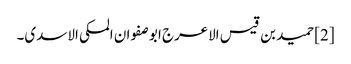
[2] حمید بن قیس الاعرج ابو صفوان المکی الاسدی۔